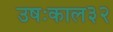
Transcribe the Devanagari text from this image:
उषःकाल३२